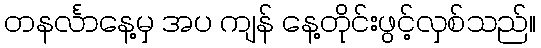
တနင်္လာနေ့မှ အပ ကျန် နေ့တိုင်းဖွင့်လှစ်သည်။